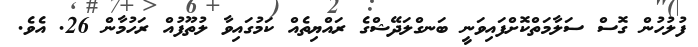
ފުލުހުން ގޮސް ސަލާމަތްކޮށްފައިވަނީ ބަނގްލަދޭޝްގެ ރައްޔިތެއް ކަމުގައިވާ ލުތޫފުއް ރަހުމާން 26. އެވެ.